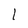
Character: l